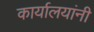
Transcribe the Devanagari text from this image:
कार्यालयांनी